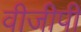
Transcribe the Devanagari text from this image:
वीजीपी